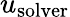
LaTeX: u_{\mathrm{solver}}